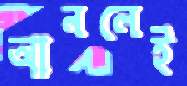
আনলেই